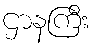
ဌာနကြီး